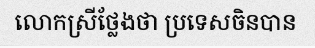
លោកស្រីថ្លែងថា ប្រទេសចិនបាន